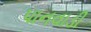
પાનવાડી